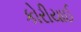
કોરીયાઈ